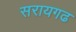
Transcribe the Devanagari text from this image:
सरायगढ